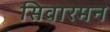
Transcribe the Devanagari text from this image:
सिवारमन